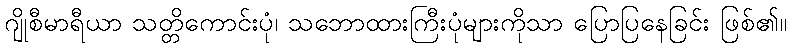
ဂျိုစီမာရီယာ သတ္တိကောင်းပုံ၊ သဘောထားကြီးပုံများကိုသာ ပြောပြနေခြင်း ဖြစ်၏။